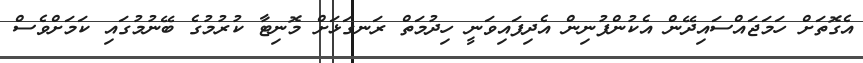
އެގޮތަށް ހަމަޖައްސައިދޭން އެކުންފުނިން އެދިފައިވަނީ ހިދުމަތް ރަނގަޅަށް މޮނިޓާ ކުރުމުގެ ބޭނުމުގައި ކަމަށްވެސް